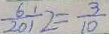
\frac { 6 } { 2 0 } \div 2 = \frac { 3 } { 1 0 }